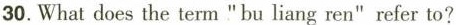
30.What does the term "bu liang ren" refer to?